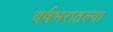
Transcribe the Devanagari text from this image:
वर्षभरातल्या